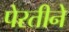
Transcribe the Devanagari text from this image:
पेरतीने